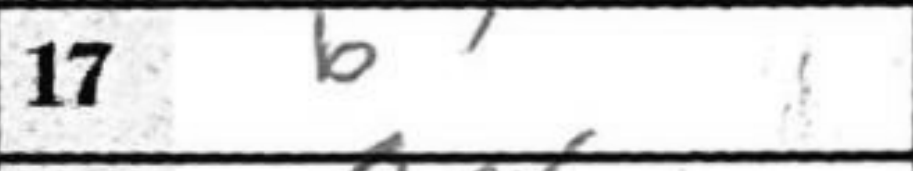
Transcription: b3